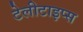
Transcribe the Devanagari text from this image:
टेलीटाइप्स